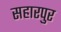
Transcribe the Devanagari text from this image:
सहारपुर